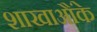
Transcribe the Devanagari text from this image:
शाखाऔंके